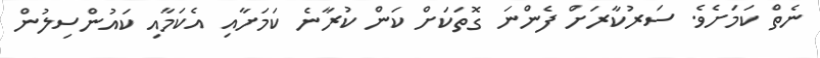
ނެތް ކަމަށެވެ. ސަރުކާރަށް ފެންނަ ގޮތަކަށް ކަން ކުރާނެ ކަމަށާއި އެކަމާއި ކައުންސިލުން